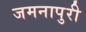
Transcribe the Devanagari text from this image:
जमनापुरी